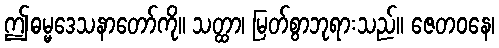
ဤဓမ္မဒေသနာတော်ကို။ သတ္ထာ၊ မြတ်စွာဘုရားသည်။ ဇေတဝနေ၊